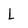
Character: L